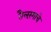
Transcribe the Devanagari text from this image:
तैलरंगाचे